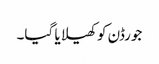
جورڈن کو کھیلا یا گیا۔